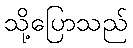
သို့ပြောသည်